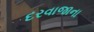
દરવાજાના